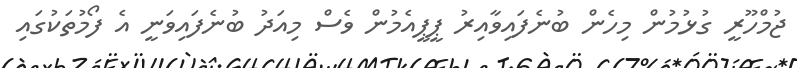
ޖުމްހޫރީ ގުޅުމުން މިހެން ބުނެފައިވާއިރު ޕީޕީއެމުން ވެސް މިއަދު ބުނެފައިވަނީ އެ ފޯމުތަކުގައި